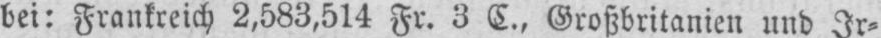
bei: Frankreich 2,583,514 Fr. 3 C., Großbritanien und Ir⸗